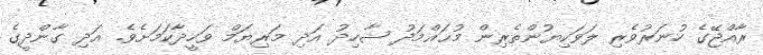
ރާއްޖޭގެ ހުނަރުވެރި ލަވަކިޔުންތެރިން މުޙައްމަދު ޝާހިދު އަދި މަރިޔަމް ވަހީދާކަމަށެވެ. އަދި ގާންދީގެ